Lunatic asylums Bombay report 1891-1903 - 1891-1903
Year: 1891
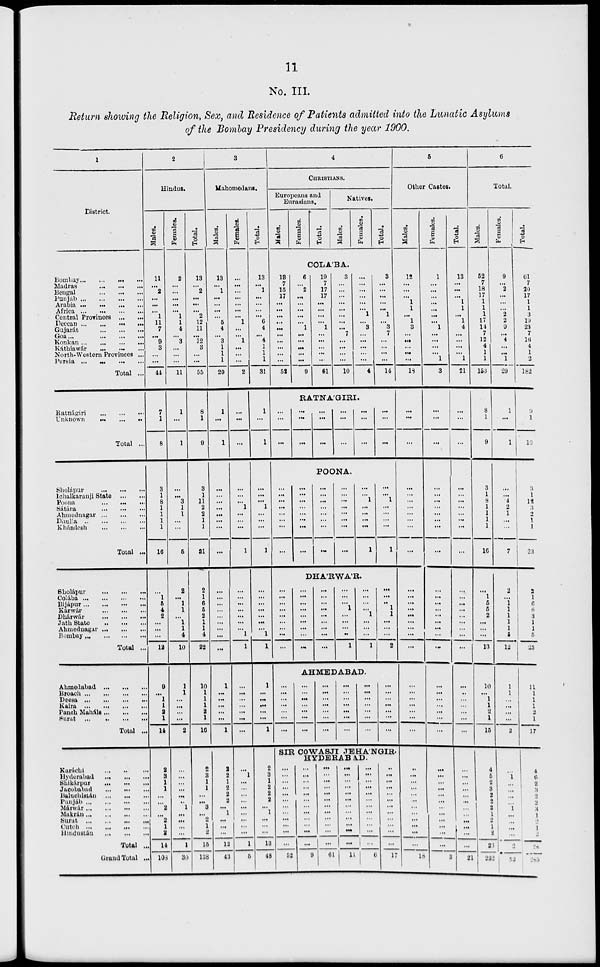
11
No. III.
Return showing the Religion, Sex, and Residence of Patients admitted into the Lunatic Asylums
of the Bombay Presidency during the year 1900.
1
District.
Bombay ... ... ... ...
Madras
...
...
...
...
Bengal
...
...
...
...
Punjab
...
...
...
...
Arabia
...
...
...
...
Africa
...
...
...
...
Central Provinces ... ...
Deccan
...
...
...
...
Gujarát
...
...
...
Goa
...
...
...
...
Konkan ... ... ... ...
Káthiawár ... ...
...
North-Western Provinces ...
Persia ... ... ... ...
Total ...
Ratnágiri ... ... ... ...
Unknown ... ... ... ...
Total ...
Sholápur ... ... ... ...
Ichalkaranji State ... ...
Poona
...
...
...
...
Sátára ... ... ...
Ahmednagar
...
...
...
Dhulia
...
...
...
...
Khándesh ... ... ... ...
Total ...
Sholápur ... ... ...
Colába
...
...
...
...
Bijápur
...
...
...
...
Kárwár ... ... ...
Dhárwár ... ... ...
Jath State ... ... ...
Ahmednagar ... ... ...
Bombay ... ... ...
Total ...
Ahmedabad ... ... ...
Broach
...
...
...
...
Deesa
...
...
...
...
Kaira
...
...
...
...
Panch Maháls ... ... ...
Surat
...
...
...
...
Total ...
Karáchi ... ... ... ...
Hyderabad ... ... ... ...
Shikárpur ... ... ... ...
Jacobabad ... ... ... ...
Baluchistán ... ... ... ...
Punjáb
...
...
...
...
Márwár ... ... ... ...
Makrán ... ... ... ...
Surat
...
...
...
...
Cutch ... ... ... ...
Hindustán ... ... ... ...
Total ...
Grand Total ...
2
Hindus.
Males.
11
...
2
...
...
...
1
11
7
...
9
3
...
...
44
7
1
8
3
1
8
1
1
1
1
16
...
1
5
4
2
...
...
...
12
9
...
1
1
2 1
14
2
3
1
1
...
...
2
...
2
1
2
14
108
Females.
2
...
...
...
...
...
1
1
4
...
3
...
...
...
11
1
...
1
...
...
3
1
1
...
...
5
2
...
1
1
...
1
1
4
10
1
1
...
...
...
...
2
...
...
...
...
...
...
1
...
...
...
...
1
30
Total.
13
...
2
...
...
...
2
12
11
...
12
3
...
...
55
8
1
9
3
1
11
2
2
1
1
21
2
1
6
5
2
1
1
4
22
10
1
1
1
2
1
16
2
3
1
1
...
...
3
...
2
1
2
15
138
3
Mahomedans.
Males.
13
...
1
...
...
...
...
5
4
...
3
1
1
1
29
1
...
1
...
...
...
...
...
...
...
...
...
...
...
...
...
...
...
...
...
1
...
...
...
...
...
1
2
2
1
2
2
2
...
1
...
...
...
12
43
Females.
...
...
...
...
...
...
...
1
...
...
1
...
...
...
2
...
...
...
...
...
...
1
...
...
...
1
...
...
...
...
...
...
...
1
1
...
...
...
...
...
...
...
... 1
...
...
...
...
...
...
...
...
...
1
5
Total.
13
...
1
...
...
...
...
6
4
...
4
1
1
1
31
1
...
1
...
...
...
1
...
...
...
1
...
...
...
...
...
...
...
1
1
1
...
...
...
...
...
1
2
3
1
2
2
2
... 1
...
...
...
13
48
4
CHRISTIANS.
Europeans and
Eurasians.
Males.
Females.
Total.
Natives.
Males.
Females.
Total.
COLA'BA.
18
7
15
17
...
...
...
...
...
...
...
...
...
...
52
6
...
2
...
...
...
...
...
1
...
...
...
...
...
9
19
7
17
17
...
...
...
...
1
...
...
...
...
...
61
3
...
...
...
...
...
...
...
...
7
...
...
...
...
10
...
...
...
...
...
...
1
...
3
...
...
...
...
...
4
3
...
...
...
...
...
1
...
3
7
...
...
...
...
14
RATNA'GIRI.
...
...
...
...
...
...
...
...
...
...
...
...
...
...
...
...
...
...
POONA.
...
...
...
...
...
...
...
...
...
...
...
...
...
...
...
...
...
...
...
...
...
...
...
...
...
...
...
...
...
...
...
...
...
...
1
...
...
...
...
1
...
...
1
...
...
...
...
1
DHA'RWA'R.
...
...
...
...
...
...
...
...
...
...
...
...
...
...
...
...
...
...
...
...
...
...
...
...
...
...
...
...
...
...
1
...
...
...
...
1
...
...
...
...
1
...
...
...
1
...
...
...
1
1
...
...
...
2
AHMEDABAD.
...
...
...
...
...
...
...
...
...
...
...
...
...
...
...
...
...
...
...
...
...
...
...
...
...
...
...
...
...
...
...
...
...
...
...
...
...
...
...
...
...
SIR COWASJI JEHA'NGIR.
HYDERABAD.
...
...
...
...
...
...
...
...
...
...
...
...
52
...
...
...
...
...
...
...
...
...
...
...
...
9
...
...
...
...
...
...
...
...
...
...
...
...
61
...
...
...
...
...
...
...
...
...
...
...
...
11
...
...
...
...
...
...
...
...
...
...
...
...
6
...
...
...
...
...
...
...
...
...
...
...
...
17
5
Other Castes.
Males.
12
...
...
...
1
1
...
1
3
...
...
...
...
...
18
...
...
...
...
...
...
...
...
...
...
...
...
...
...
...
...
...
...
...
...
...
...
...
...
...
...
...
...
...
...
...
...
...
...
...
...
...
...
...
18
Females.
1
...
...
...
...
...
...
...
1
...
...
...
...
1
3
...
...
...
...
...
...
...
...
...
...
...
...
...
...
...
...
...
...
...
...
...
...
...
...
...
...
...
...
...
...
...
...
...
...
...
...
...
...
...
3
Total.
13
...
...
...
1
1
...
1
4
...
...
...
...
1
21
...
...
...
...
...
...
...
...
...
...
...
...
...
...
...
...
...
...
...
...
...
...
...
...
...
...
...
...
...
...
...
...
...
...
...
...
...
...
...
21
6
Total.
Males.
52
7
18
17
1
1
1
17
14
7
12
4
1
1
153
8
1
9
3
1
8
1
1
1
1
16
...
1
5
5
2
...
...
...
13
10
...
1
1
2
1
15
4
5
2
3
2
2
2
1
2
1
2
26
232
Females.
9
...
2
...
...
...
2
2
9
...
4
...
...
1
29
1
...
1
...
...
4
2
1
...
...
7
2
...
1
1
1
1
1
5
12
1
1
...
...
...
...
2
...
1
...
...
...
...
...
1
...
...
...
2
53
Total.
61
7
20
17
1
1
3
19
23
7
16
4
1
2
182
9
1
10
3
1
12
3
2
1
1
23
2
1
6
6
3
1 1
5
25
11
1
1
1
1
1
17
4
6
2
3
2
2
2
2
2
1
2
28
285